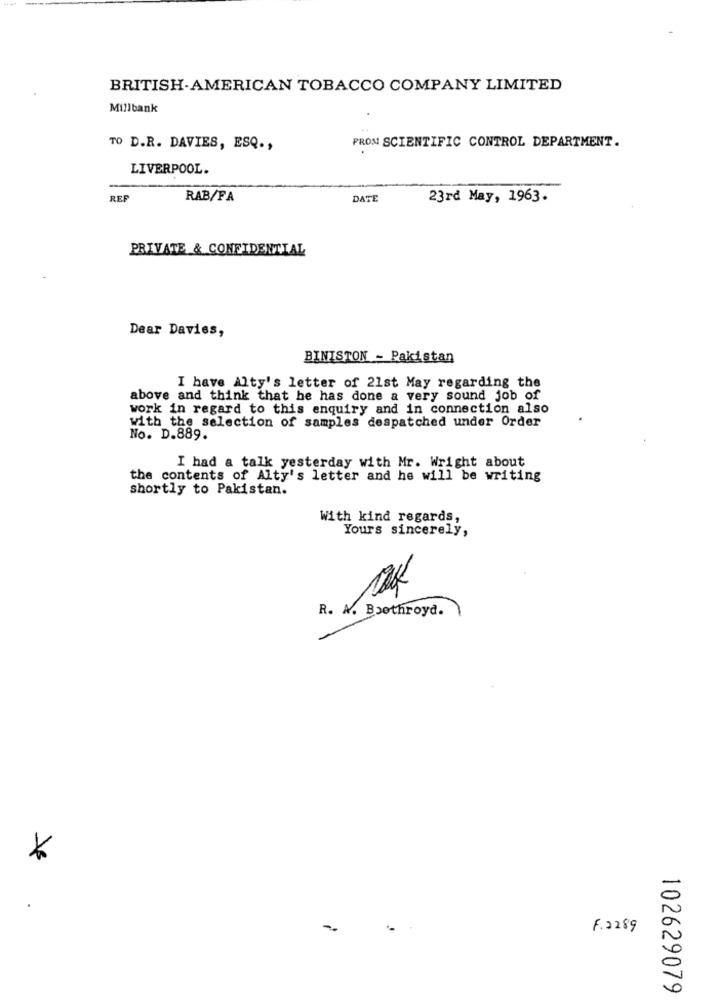
BRITISH-AMERICAN TOBACCO COMPANY LIMITED
Millbank
PRON SCIENTIFIC CONTROL DEPARTMENT.
TO D.R. DAVIES, ESQ .,
LIVERPOOL.
REF
RAB/FA
DATE
23rd May, 1963.
PRIVATE & CONFIDENTIAL
Dear Davies,
BINISTON - Pakistan
I have Alty's letter of 21st May regarding the
above and think that he has done a very sound job of
work in regard to this enquiry and in connection also
with the selection of samples despatched under Order
No. D.889.
I had a talk yesterday with Mr. Wright about
the contents of Alty's letter and he will be writing
shortly to Pakistan.
With kind regards,
Yours sincerely,
R. A. Boothroyd.
*
F. 2289
102629079